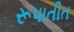
રૂપાતીત